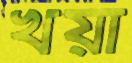
খয়া